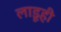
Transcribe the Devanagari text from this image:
लाडूही